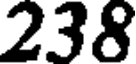
238